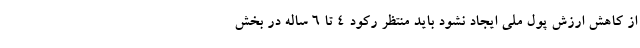
از کاهش ارزش پول ملی ایجاد نشود باید منتظر رکود ۴ تا ۶ ساله در بخش